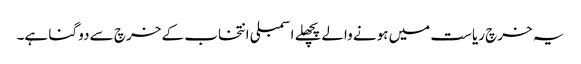
یہ خرچ ریاست میں ہونے والےپچھلے اسمبلی انتخاب کے خرچ سے دو گنا ہے۔